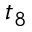
t _ { 8 }